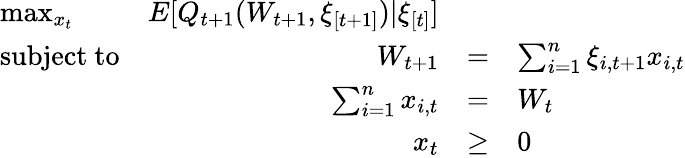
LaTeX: {\begin{array}{lrclr}{\operatorname*{max}_{x_{t}}}&{E[Q_{t+1}(W_{t+1},\xi_{[t+1]})|\xi_{[t]}]}&\\ {{\mathrm{subject~to}}}&{W_{t+1}}&{=}&{\sum_{i=1}^{n}\xi_{i,t+1}x_{i,t}}\\ &{\sum_{i=1}^{n}x_{i,t}}&{=}&{W_{t}}\\ &{x_{t}}&{\geq}&{0}\end{array}}